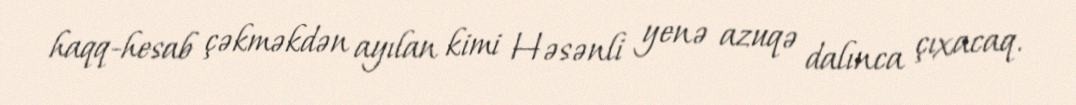
haqq-hesab çəkməkdən ayılan kimi Həsənli yenə azuqə dalınca çıxacaq.